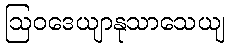
ဩဝဒေယျာနုသာသေယျ